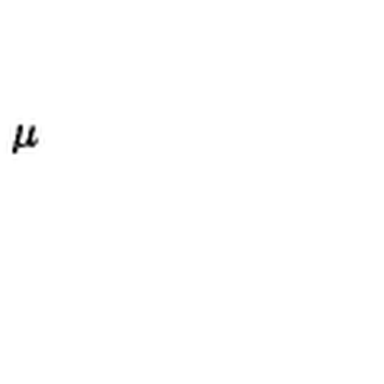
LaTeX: \mu